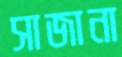
সাজানা